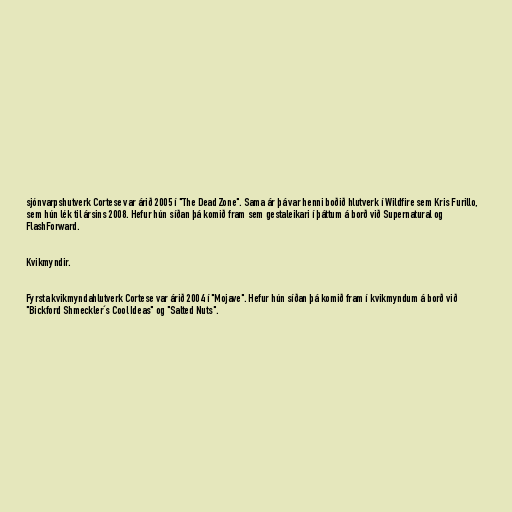
sjónvarpshutverk Cortese var árið 2005 í "The Dead Zone". Sama ár þá var henni boðið hlutverk í Wildfire sem Kris Furillo,
sem hún lék til ársins 2008. Hefur hún síðan þá komið fram sem gestaleikari í þáttum á borð við Supernatural og
FlashForward.

Kvikmyndir.

Fyrsta kvikmyndahlutverk Cortese var árið 2004 í "Mojave". Hefur hún síðan þá komið fram í kvikmyndum á borð við
"Bickford Shmeckler´s Cool Ideas" og "Salted Nuts".